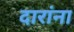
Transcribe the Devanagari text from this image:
दारांना